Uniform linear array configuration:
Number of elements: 24
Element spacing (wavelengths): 0.5
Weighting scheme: kaiser
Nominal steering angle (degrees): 15
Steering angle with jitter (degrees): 14.409
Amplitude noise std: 0.05
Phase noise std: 0.05

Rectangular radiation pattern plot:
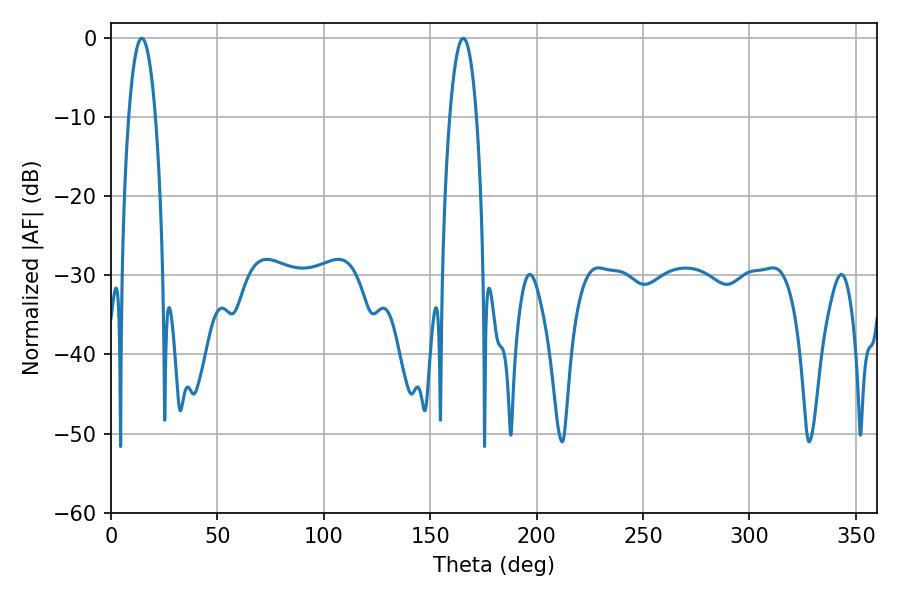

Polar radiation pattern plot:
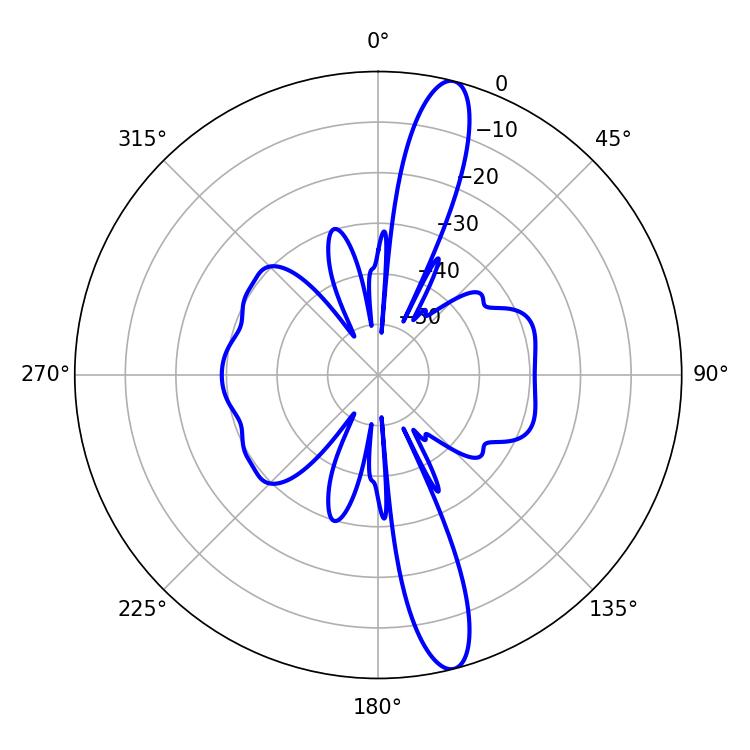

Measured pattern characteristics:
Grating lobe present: FALSE
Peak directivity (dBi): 14.866
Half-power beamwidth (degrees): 7.02
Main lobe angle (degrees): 14.4